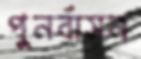
পুনর্বাসন